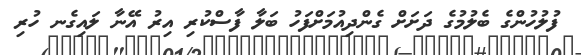
ފުލުހުންގެ ބެލުމުގެ ދަށަށް ގެންދިއުމަށްފަހު ބަލާ ފާސްކުރި އިރު އޭނާ ލައިގެނ ހުރި